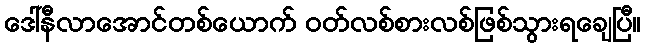
ဒေါ်နီလာအောင်တစ်ယောက် ဝတ်လစ်စားလစ်ဖြစ်သွားရချေပြီ။